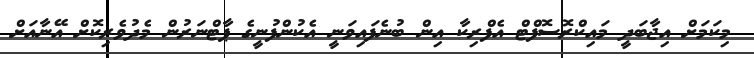
މިކަމަށް އިޖާބަދީ މައިކްރޮސޮފްޓް އެފްރިކާ އިން ބުނެފައިވަނީ އެކުންފުނީގެ ޕާޓްނަރުން މެދުވެރިކޮށް އޭނާއަށް